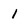
Character: 1